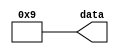
module fport (output [3:0] data);

    // Module output is a 4 wire bus
    wire [3:0] data;
        // Output the value through the 4 bit bus
        assign data = 4'b1001;
endmodule